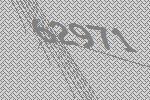
62971